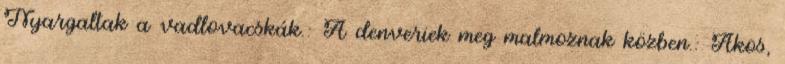
Nyargaltak a vadlovacskák.: A denveriek meg malmoznak közben.: Ákos,